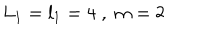
L _ { 1 } = l _ { 1 } = 4 \; , \; m = 2